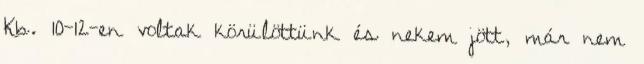
Kb. 10-12-en voltak körülöttünk és nekem jött, már nem